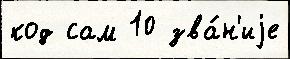
код сам 10 зва́н'иjе